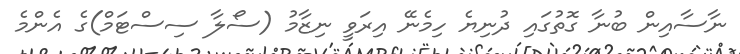
ނާސާއިން ބުނާ ގޮތުގައި ދުނިޔެ ހިމެނޭ އިރަވީ ނިޒާމު (ސޯލާ ސިސްޓަމް)ގެ އެންމެ